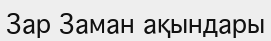
Зар Заман ақындары